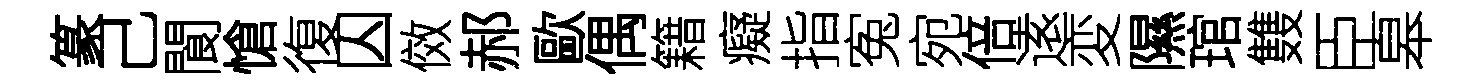
篆己閬愴復囚傚郝歐偶籍癡指寃宛倍逺変隰琯䨇臣皋